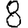
Digit: 8